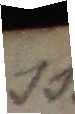
15.